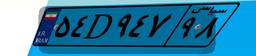
۵۴D۹۴۷۹۸